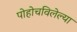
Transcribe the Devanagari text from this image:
पोहोचविलेल्या